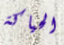
الحياكة